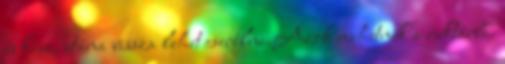
és kész, utána vissza lehet cserélni.Azok mehetnek a raktárba.